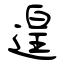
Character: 遑